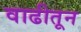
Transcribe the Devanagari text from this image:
वाढीतून